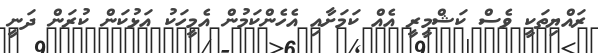
ރައްޔިތަކީ ވެސް ކަޝްމީރީ އެއް ކަމަށާއި އެހެންކަމުން އެމީހަކު އަޅުކަން ކުރަން ދަނީ